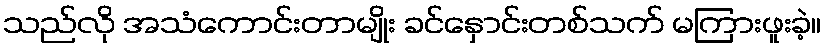
သည်လို အသံကောင်းတာမျိုး ခင်နှောင်းတစ်သက် မကြားဖူးခဲ့။